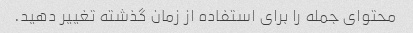
محتوای جمله را برای استفاده از زمان گذشته تغییر دهید.